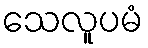
သေလူပမံ